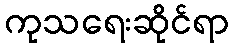
ကုသရေးဆိုင်ရာ